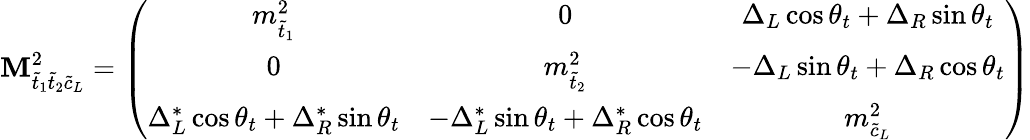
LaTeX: {\cal\mathbf{M}}_{\tilde{{t}}_{1}\tilde{{t}}_{2}\tilde{{c}}_{L}}^{2}=\left(\begin{array}{ccc}{{m_{\tilde{t}_{1}}^{2}}}&{{0}}&{{\Delta_{L}\cos\theta_{t}+\Delta_{R}\sin\theta_{t}}}\\ {{0}}&{{m_{\tilde{t}_{2}}^{2}}}&{{-\Delta_{L}\sin\theta_{t}+\Delta_{R}\cos\theta_{t}}}\\ {{\Delta_{L}^{\ast}\cos\theta_{t}+\Delta_{R}^{\ast}\sin\theta_{t}}}&{{-\Delta_{L}^{\ast}\sin\theta_{t}+\Delta_{R}^{\ast}\cos\theta_{t}}}&{{m_{\tilde{c}_{L}}^{2}}}\end{array}\right)